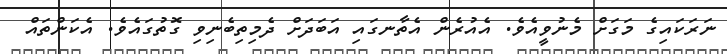
ނަރަކައިގެ މަގަށް މެނުވީއެވެ. އެއުރެން އެތާނގައި އަބަދަށް ދެމިތިބެނިވި ގޮތުގައެވެ. އެކަންތައް